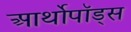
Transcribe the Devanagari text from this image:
आर्थोपॉड्स